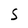
Character: S